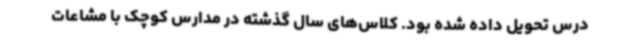
درس تحویل داده ‌شده بود. کلاس‌های سال گذشته در مدارس کوچک با مشاعات